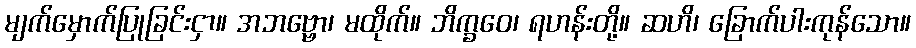
မျက်မှောက်ပြုခြင်းငှာ။ အဘဗ္ဗော၊ မထိုက်။ ဘိက္ခဝေ၊ ရဟန်းတို့။ ဆဟိ၊ ခြောက်ပါးကုန်သော။